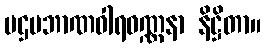
ပဌမဘာဏဝါရဝဏ္ဏနာ နိဋ္ဌိတာ။